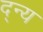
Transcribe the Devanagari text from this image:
द्न्य